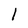
Character: 1